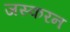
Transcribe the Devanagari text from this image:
जस्करन